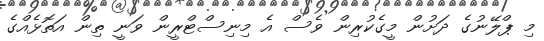
މި ޕްލޭނުގެ ދަށުން މީގެކުރިން ވެސް އެ މިނިސްޓްރީން ވަނީ ތިން އަތޮޅެއްގެ